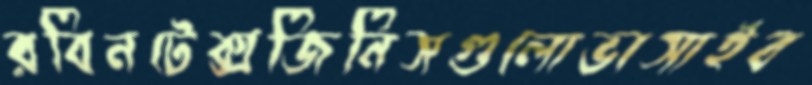
রবিনটেক্সজিনিসগুলোভাসাইব